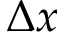
\Delta x